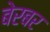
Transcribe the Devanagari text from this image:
बेरबर